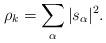
LaTeX: \begin{align*} \rho_{k} = \sum_{\alpha} \vert s_{\alpha}\vert^{2}. \end{align*}